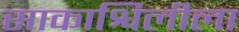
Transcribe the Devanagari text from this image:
साकाश्विलीला